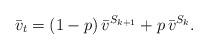
LaTeX: \begin{align*}\bar{v}_t = (1-p) \, \bar{v}^{S_{k+1}} + p \, \bar{v}^{S_k}.\end{align*}